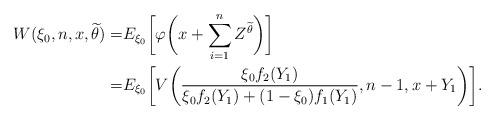
LaTeX: \begin{align*}W(\xi_0,n,x,\widetilde \theta)=&E_{\xi_0}\biggl[\varphi\biggl(x+\sum_{i=1}^n Z^{\widetilde \theta}\biggr)\biggr]\\=&E_{\xi_0}\biggl[V\biggl(\frac{\xi_0f_2(Y_1) }{\xi_0 f_2(Y_1)+(1-\xi_0)f_1(Y_1)}, n-1, x+Y_1\biggr)\biggr].\end{align*}